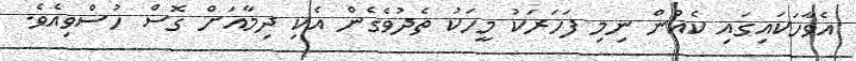
އެވާހަކައިގައި ކެއުން ނިމި ފަހަރަކު މީހަކު ތެދުވެގެން އެކި ދިމާއަށް ގޮސް ހުސްވިއެވެ.